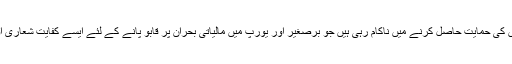
مزید یہ کہ یہ تنظیمیں ایسے لوگوں کی حمایت حاصل کرنے میں ناکام رہی ہیں جو برِصغیر اور یورپ میں مالیاتی بحران پر قابو پانے کے لئے ایسے کفایت شعاری اور بچتی منصوبوں کے خلاف ہیں۔